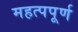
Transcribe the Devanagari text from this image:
महत्‍पपूर्ण